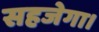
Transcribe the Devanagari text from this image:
सहजेगा।